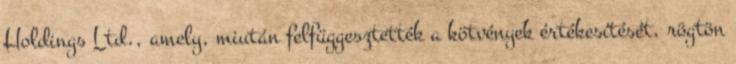
Holdings Ltd., amely, miután felfüggesztették a kötvények értékesítését, rögtön